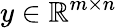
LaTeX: y\in\mathbb{R}^{m\times n}